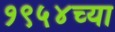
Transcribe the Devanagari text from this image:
१९५४च्या